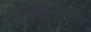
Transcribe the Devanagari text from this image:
किरातांप्रमाणेच